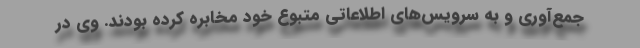
جمع‌آوری و به سرویس‌های اطلاعاتی متبوع خود مخابره کرده بودند. وی در